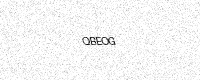
Text: QBEOG